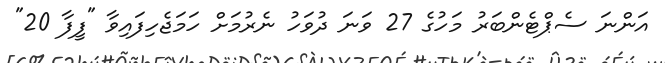
އަންނަ ސެޕްޓެންބަރު މަހުގެ 27 ވަނަ ދުވަހު ނެރުމަށް ހަމަޖެހިފައިވާ "ފީފާ 20"